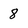
Character: 8